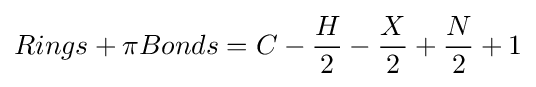
Rings+\pi Bonds=C-{\frac {H}{2}}-{\frac {X}{2}}+{\frac {N}{2}}+1